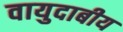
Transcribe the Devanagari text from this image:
वायुदाबीय